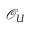
{ \mathcal { O } } _ { U }